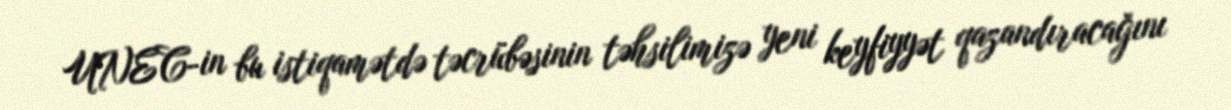
UNEC-in bu istiqamətdə təcrübəsinin təhsilimizə yeni keyfiyyət qazandıracağını